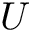
U